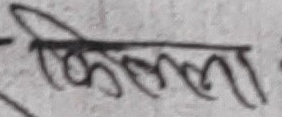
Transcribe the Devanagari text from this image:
फिल्मला